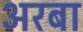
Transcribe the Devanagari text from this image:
अरबा